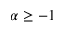
\alpha \geq - 1